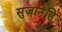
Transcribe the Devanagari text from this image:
सुजानेहि